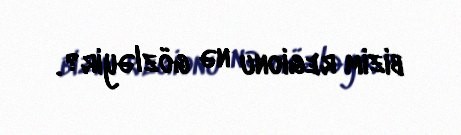
bizim regionu nə gözləyir?.